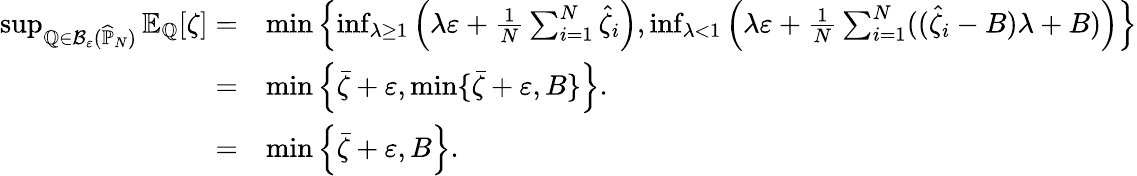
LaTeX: \begin{array}{rl}{\operatorname*{sup}_{\mathbb{Q}\in\mathcal{B}_{\varepsilon}(\widehat{\mathbb{P}}_{N})}\mathbb{E}_{\mathbb{Q}}[\zeta]=}&{\operatorname*{min}\left\{ \operatorname*{inf}_{\lambda\geq 1}\left(\lambda\varepsilon+\frac{1}{N}\sum_{i=1}^{N}\widehat{\zeta}_{i}\right),\operatorname*{inf}_{\lambda<1}\left(\lambda\varepsilon+\frac{1}{N}\sum_{i=1}^{N}((\widehat{\zeta}_{i}-B)\lambda+B)\right)\right\} }\\ {=}&{\operatorname*{min}\left\{ \bar{\zeta}+\varepsilon,\operatorname*{min}\{ \bar{\zeta}+\varepsilon,B\} \right\} .}\\ {=}&{\operatorname*{min}\left\{ \bar{\zeta}+\varepsilon,B\right\} .}\end{array}